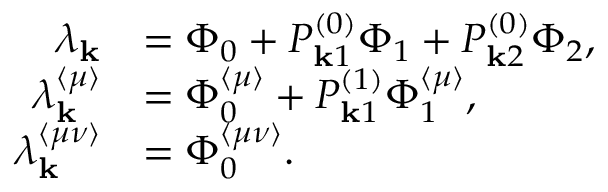
\begin{array} { r l } { \lambda _ { \mathbf { k } } } & { = \Phi _ { 0 } + P _ { \mathbf { k } 1 } ^ { ( 0 ) } \Phi _ { 1 } + P _ { \mathbf { k } 2 } ^ { ( 0 ) } \Phi _ { 2 } , } \\ { \lambda _ { \mathbf { k } } ^ { \langle \mu \rangle } } & { = \Phi _ { 0 } ^ { \langle \mu \rangle } + P _ { \mathbf { k } 1 } ^ { ( 1 ) } \Phi _ { 1 } ^ { \langle \mu \rangle } , } \\ { \lambda _ { \mathbf { k } } ^ { \langle \mu \nu \rangle } } & { = \Phi _ { 0 } ^ { \langle \mu \nu \rangle } . } \end{array}